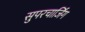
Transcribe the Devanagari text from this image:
सुपरचार्जिंग